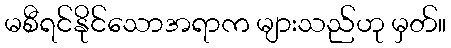
မစီရင်နိုင်သောအရာက များသည်ဟု မှတ်။